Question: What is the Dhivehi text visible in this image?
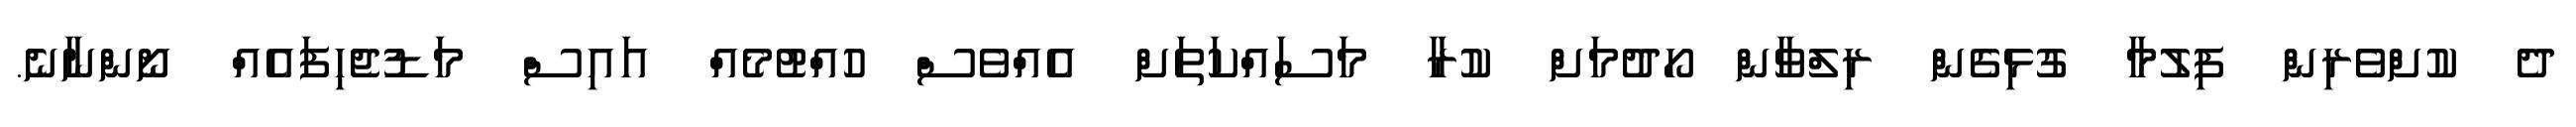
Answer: ދެ ކުށްވެރިން ފިލުމާ ގުޅިގެން ރިލްވާން ހޯދުމަށް ކުރާ މަސައްކަތަށް އެއްވެސް ހުއްޓުމެއް އައިސް މަޑުޖެހިފައެއް ނޯންނާނެ.